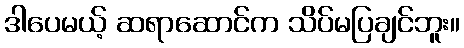
ဒါပေမယ့် ဆရာဆောင်က သိပ်မပြချင်ဘူး။